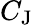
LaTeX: C_{\mathrm{{J}}}